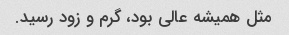
مثل همیشه عالی بود، گرم و‌ زود رسید.